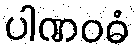
ပါဏဝဓံ